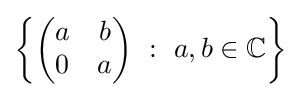
\left\{{\begin{pmatrix}a&b\\0&a\end{pmatrix}}\ :\ a,b\in \mathbb {C} \right\}